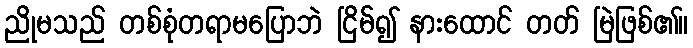
ညိုမသည် တစ်စုံတရာမပြောဘဲ ငြိမ်၍ နားထောင် တတ် မြဲဖြစ်၏။